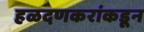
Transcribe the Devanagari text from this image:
हळदणकरांकडून